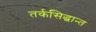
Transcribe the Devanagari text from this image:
तर्कसिद्धान्त